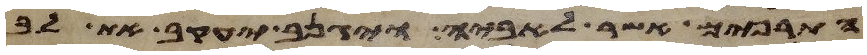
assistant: התרפים אשר לאביה ויגנב יעקב את לב